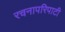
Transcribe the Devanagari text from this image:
रचनापरिपाटी